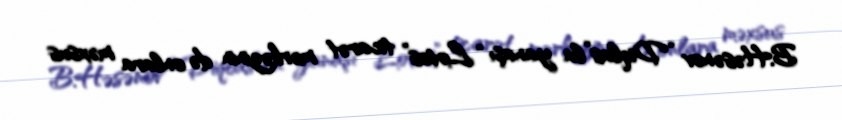
B.Həsənov “Diqlas”la yanaşı “Lotos” ticarət mərkəzinin də onlara məxsus